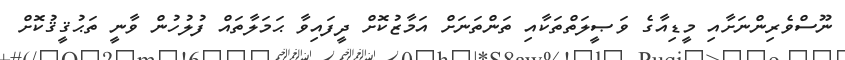
ނޫސްވެރިންނަށާއި މީޑިއާގެ ވަޞީލަތްތަކާއި ތަންތަނަށް އަމާޒުކޮށް ދީފައިވާ ޙަމަލާތައް ފުލުހުން ވާނީ ތަޙުޤީޤުކޮށް